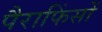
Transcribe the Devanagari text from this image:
पैराफिंसों